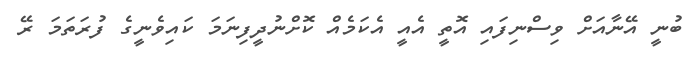
ބުނީ އޭނާއަށް ވިސްނިފައި އޮތީ އެއީ އެކަމެއް ކޮށްނުދީފިނަމަ ކައިވެނީގެ ފުރަތަމަ ރޭ